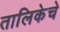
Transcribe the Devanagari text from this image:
तालिकेचे